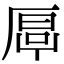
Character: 𠪋